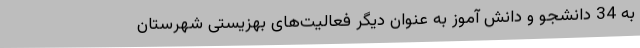
به 34 دانشجو و دانش آموز به عنوان دیگر فعالیت‌های بهزیستی شهرستان